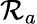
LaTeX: \mathcal{R}_{a}